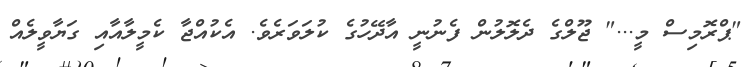
"ޕްރޮމިސް މީ..." ޖޫލްގެ ދެލޮލުން ފެނުނީ އާދޭހުގެ ކުލަވަރެވެ. އެކުއްޖާ ކެމީލާއާއި ގަޔާވީލެއް